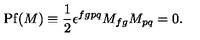
\mathrm { P f } ( M ) \equiv \frac 1 2 \epsilon ^ { f g p q } M _ { f g } M _ { p q } = 0 .